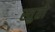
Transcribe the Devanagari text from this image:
स्तुतो